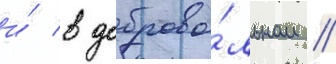
и́ в доброво́льном /